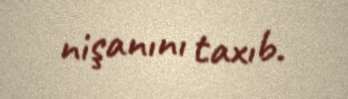
nişanını taxıb.